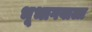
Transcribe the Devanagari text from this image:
भूभागवाला